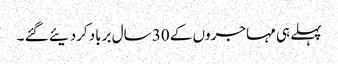
پہلے ہی مہاجروں کے 30 سال برباد کردیئے گئے ۔